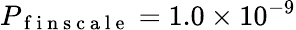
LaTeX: P_{\mathrm{~f~i~n~s~c~a~l~e~}}=1.0\times 10^{-9}